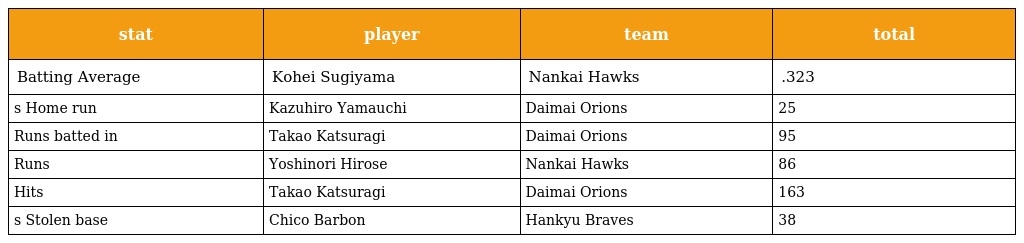
| stat | player | team | total |
 | --- | --- | --- | --- |
 | Batting Average | Kohei Sugiyama | Nankai Hawks | .323 |
 | s Home run | Kazuhiro Yamauchi | Daimai Orions | 25 |
 | Runs batted in | Takao Katsuragi | Daimai Orions | 95 |
 | Runs | Yoshinori Hirose | Nankai Hawks | 86 |
 | Hits | Takao Katsuragi | Daimai Orions | 163 |
 | s Stolen base | Chico Barbon | Hankyu Braves | 38 |